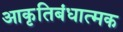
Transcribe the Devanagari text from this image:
आकृतिबंधात्मक